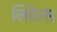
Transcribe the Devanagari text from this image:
लिंटेल्स